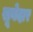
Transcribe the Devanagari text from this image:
सूवेदार